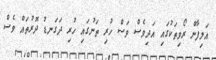
އަލިފާން ރޯވިތަކުގައި އަދިވެސް ވަސް ހުރި ތަނުގައި ހުރި ދަގަނޑު ދޮރުތައް ވެސް